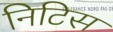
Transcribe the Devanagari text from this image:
निटिस